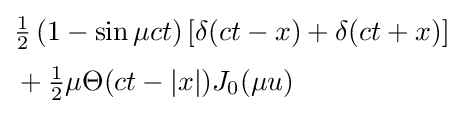
{\begin{aligned}&{\tfrac {1}{2}}\left(1-\sin {\mu ct}\right)\left[\delta (ct-x)+\delta (ct+x)\right]\\[0.5ex]&+{\tfrac {1}{2}}\mu \Theta (ct-|x|)J_{0}(\mu u)\end{aligned}}